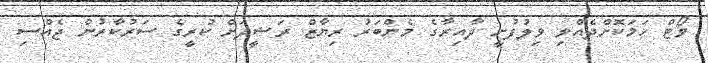
ވޯޓް ހަމަކޮށްދެއްވި ވިލުފުށީ ދާއިރާގެ މެންބަރު ރިޔާޒް ރަޝީދަށް ކުރީގެ ސަރުކާރުން ޖެއްސި